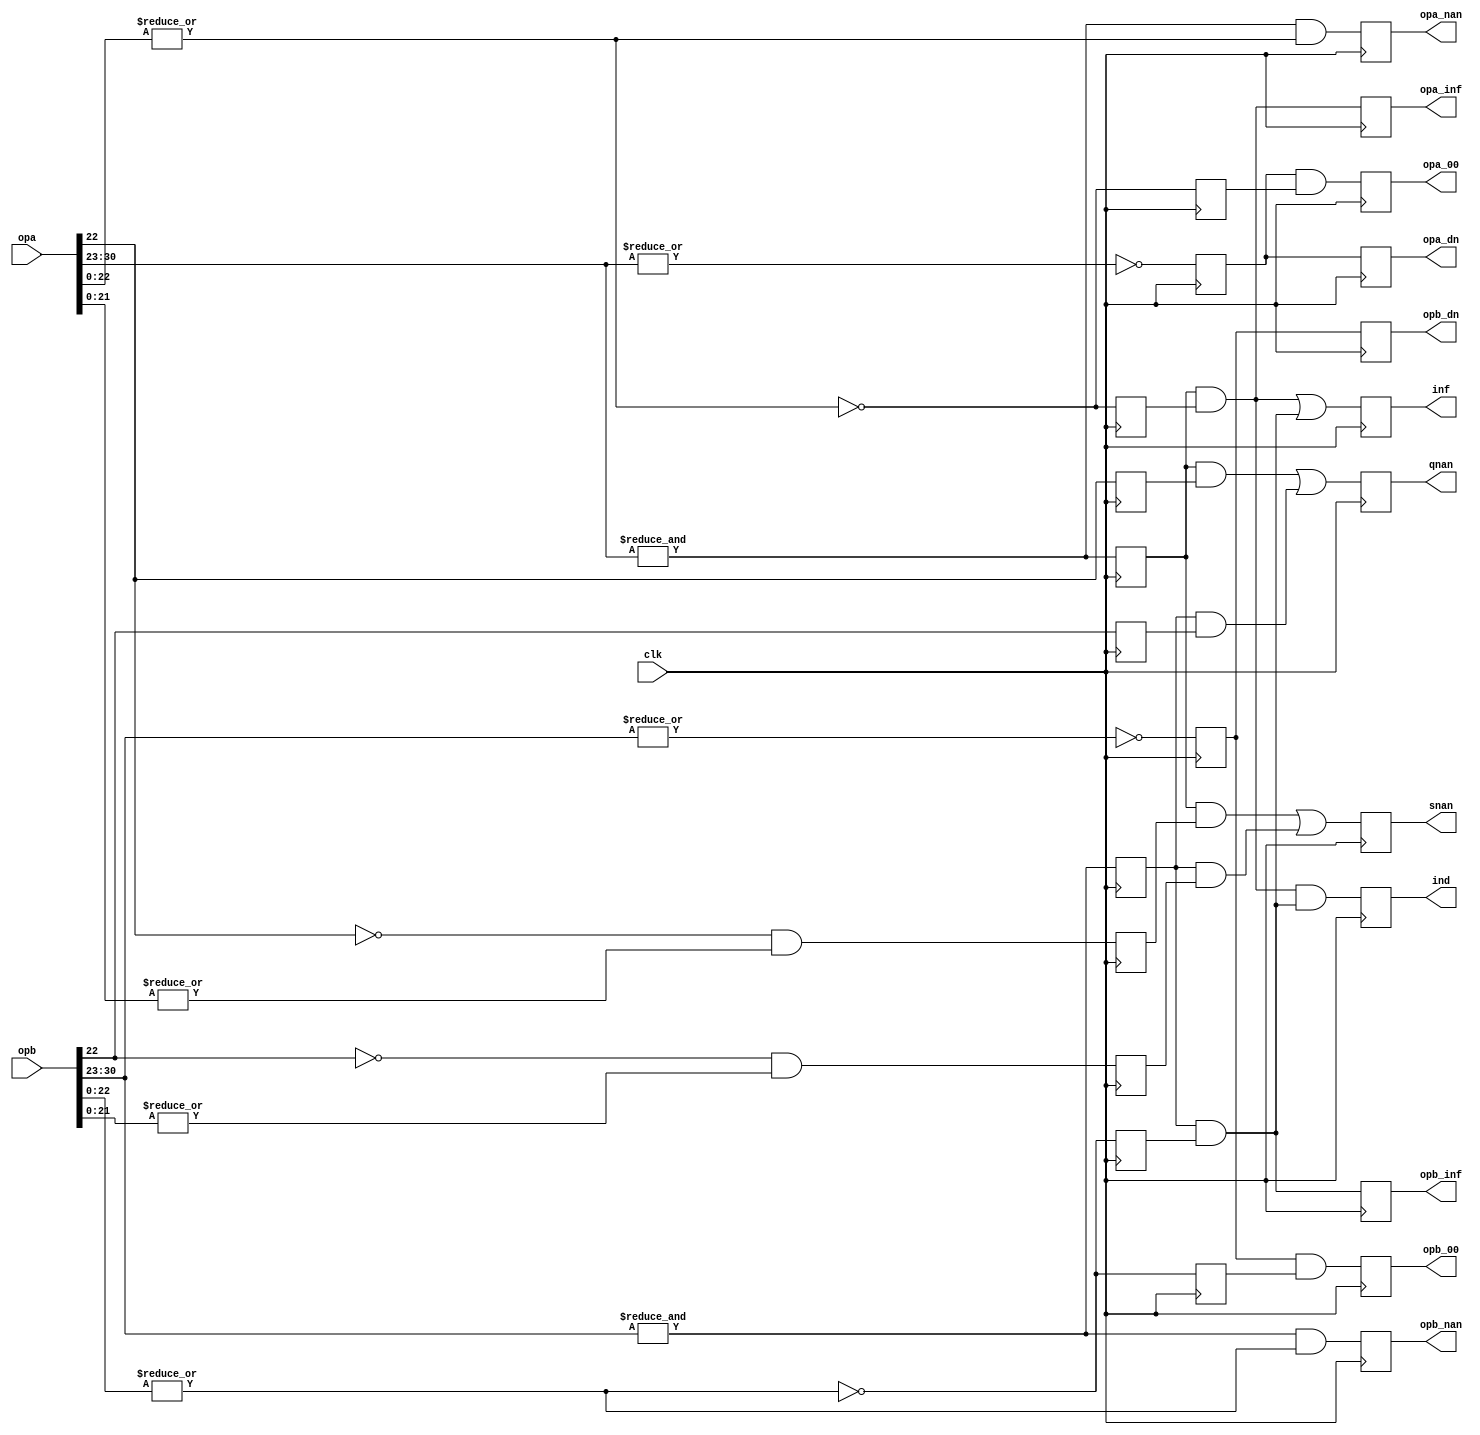
`define BITS 32         // Bit width of the operands
`define NumPath 34     

module except(	clk, opa, opb, inf, ind, qnan, snan, opa_nan, opb_nan,
		opa_00, opb_00, opa_inf, opb_inf, opa_dn, opb_dn);
input		clk;
input	[30:0]	opa, opb;
output		inf, ind, qnan, snan, opa_nan, opb_nan;
output		opa_00, opb_00;
output		opa_inf, opb_inf;
output		opa_dn;
output		opb_dn;

////////////////////////////////////////////////////////////////////////
//
// Local Wires and registers
//

wire	[7:0]	expa, expb;		// alias to opX exponent
wire	[22:0]	fracta, fractb;		// alias to opX fraction
reg		expa_ff, infa_f_r, qnan_r_a, snan_r_a;
reg		expb_ff, infb_f_r, qnan_r_b, snan_r_b;
reg		inf, ind, qnan, snan;	// Output registers
reg		opa_nan, opb_nan;
reg		expa_00, expb_00, fracta_00, fractb_00;
reg		opa_00, opb_00;
reg		opa_inf, opb_inf;
reg		opa_dn, opb_dn;

////////////////////////////////////////////////////////////////////////
//
// Aliases
//

assign   expa = opa[30:23];
assign   expb = opb[30:23];
assign fracta = opa[22:0];
assign fractb = opb[22:0];

////////////////////////////////////////////////////////////////////////
//
// Determine if any of the input operators is a INF or NAN or any other special number
//

always @(posedge clk)
	expa_ff <=  &expa;

always @(posedge clk)
	expb_ff <=  &expb;
	
always @(posedge clk)
	infa_f_r <=  !(|fracta);

always @(posedge clk)
	infb_f_r <=  !(|fractb);

always @(posedge clk)
	qnan_r_a <=   fracta[22];

always @(posedge clk)
	snan_r_a <=  !fracta[22] & |fracta[21:0];
	
always @(posedge clk)
	qnan_r_b <=   fractb[22];

always @(posedge clk)
	snan_r_b <=  !fractb[22] & |fractb[21:0];

always @(posedge clk)
	ind  <=  (expa_ff & infa_f_r) & (expb_ff & infb_f_r);

always @(posedge clk)
	inf  <=  (expa_ff & infa_f_r) | (expb_ff & infb_f_r);

always @(posedge clk)
	qnan <=  (expa_ff & qnan_r_a) | (expb_ff & qnan_r_b);

always @(posedge clk)
	snan <=  (expa_ff & snan_r_a) | (expb_ff & snan_r_b);

always @(posedge clk)
	opa_nan <=  &expa & (|fracta[22:0]);

always @(posedge clk)
	opb_nan <=  &expb & (|fractb[22:0]);

always @(posedge clk)
	opa_inf <=  (expa_ff & infa_f_r);

always @(posedge clk)
	opb_inf <=  (expb_ff & infb_f_r);

always @(posedge clk)
	expa_00 <=  !(|expa);

always @(posedge clk)
	expb_00 <=  !(|expb);

always @(posedge clk)
	fracta_00 <=  !(|fracta);

always @(posedge clk)
	fractb_00 <=  !(|fractb);

always @(posedge clk)
	opa_00 <=  expa_00 & fracta_00;

always @(posedge clk)
	opb_00 <=  expb_00 & fractb_00;

always @(posedge clk)
	opa_dn <=  expa_00;

always @(posedge clk)
	opb_dn <=  expb_00;

endmodule